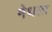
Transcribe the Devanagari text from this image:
मेथला